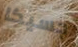
جسيكا